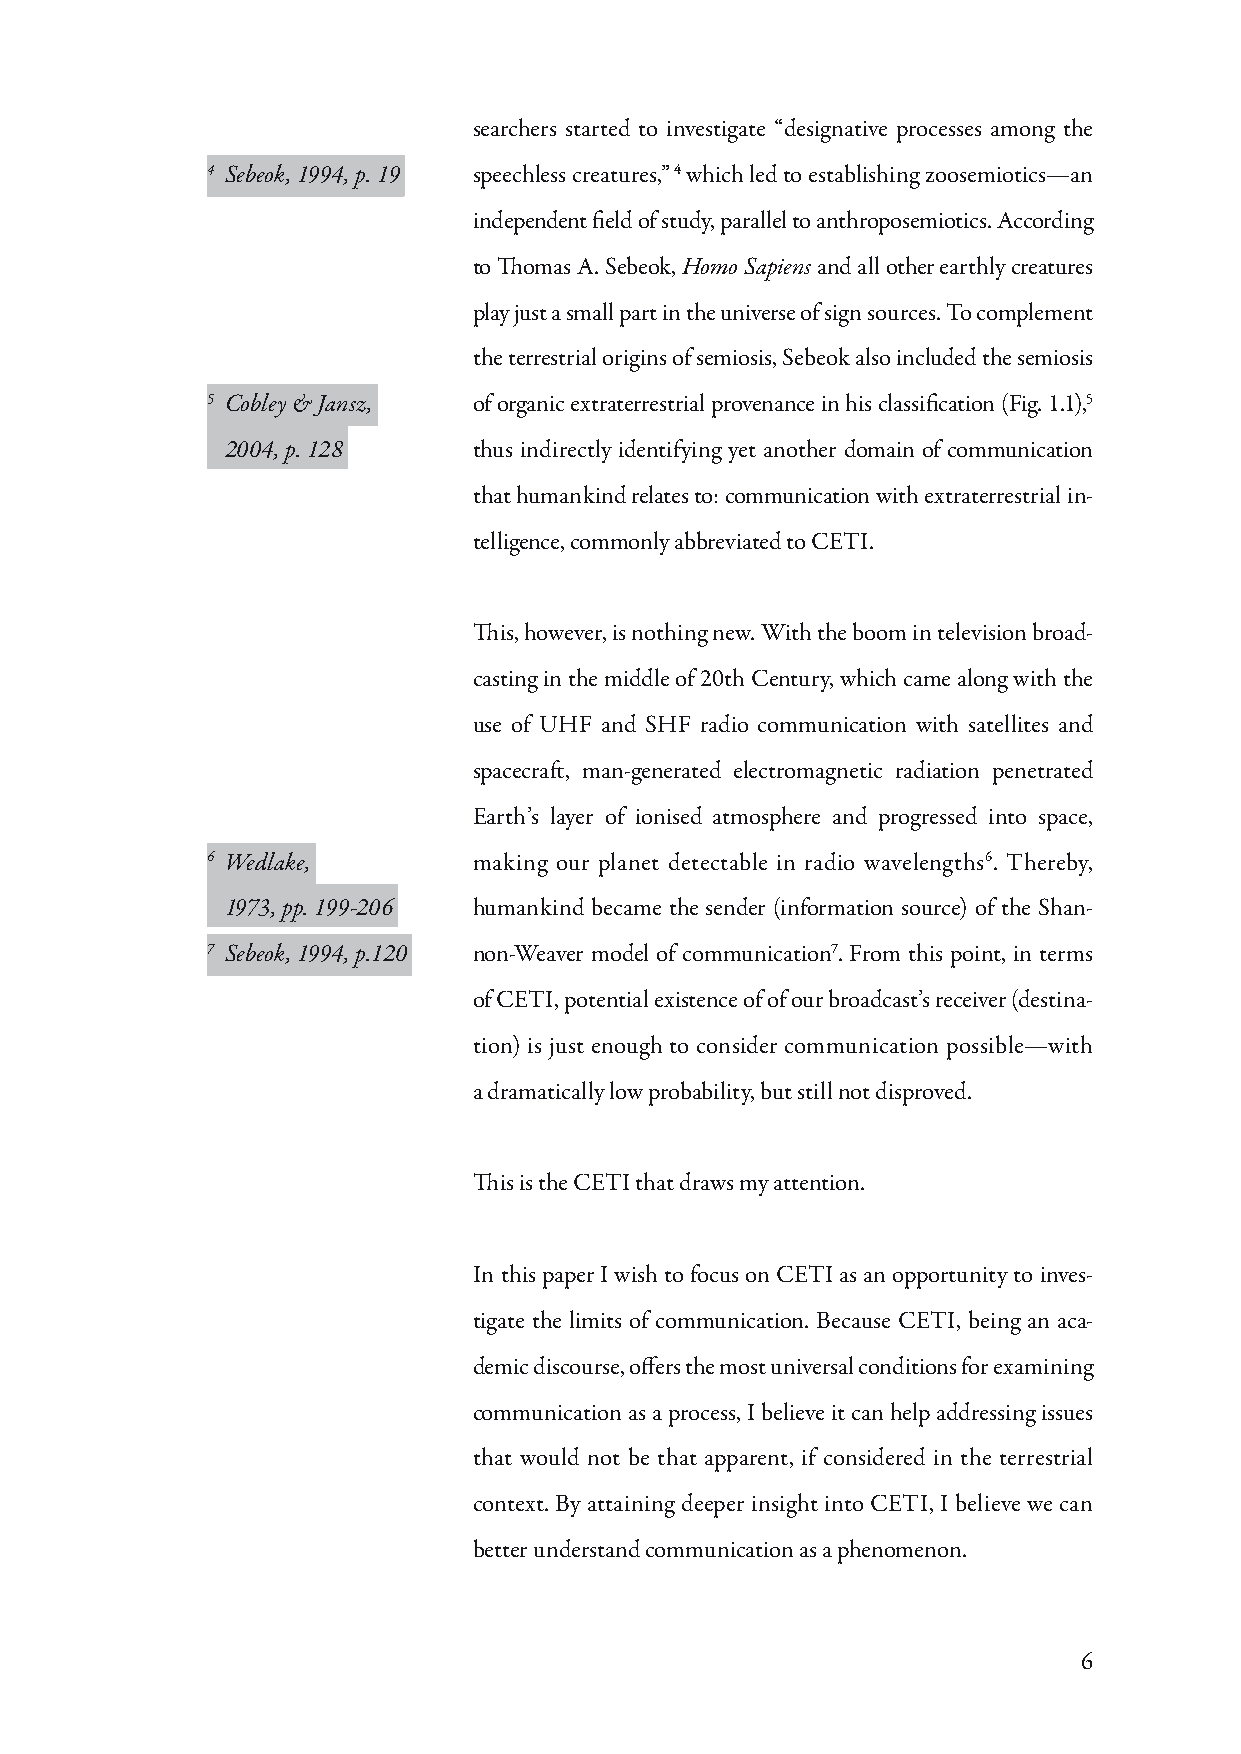
searchers started to investigate “designative processes among the
 4 Sebeok, 1994, p. 19 speechless creatures,” 4 which led to establishing zoosemiotics—an
 independent field of study, parallel to anthroposemiotics. According
 to Thomas A. Sebeok, Homo Sapiens and all other earthly creatures
 play just a small part in the universe of sign sources. To complement
 the terrestrial origins of semiosis, Sebeok also included the semiosis
 5 Cobley & Jansz, of organic extraterrestrial provenance in his classification (Fig. 1.1),5
 2004, p. 128    thus indirectly identifying yet another domain of communication
 that humankind relates to: communication with extraterrestrial in-
 telligence, commonly abbreviated to CETI.
 This, however, is nothing new. With the boom in television broad-
 casting in the middle of 20th Century, which came along with the
 use of UHF and SHF radio communication with satellites and
 spacecraft, man-generated electromagnetic radiation penetrated
 Earth’s layer of ionised atmosphere and progressed into space,
 6 Wedlake,       making our planet detectable in radio wavelengths6. Thereby,
 1973, pp. 199-206 humankind became the sender (information source) of the Shan-
 7 Sebeok, 1994, p.120 non-Weaver model of communication7. From this point, in terms
 of CETI, potential existence of of our broadcast’s receiver (destina-
 tion) is just enough to consider communication possible—with
 a dramatically low probability, but still not disproved.
 This is the CETI that draws my attention.
 In this paper I wish to focus on CETI as an opportunity to inves-
 tigate the limits of communication. Because CETI, being an aca-
 demic discourse, offers the most universal conditions for examining
 communication as a process, I believe it can help addressing issues
 that would not be that apparent, if considered in the terrestrial
 context. By attaining deeper insight into CETI, I believe we can
 better understand communication as a phenomenon.
 6